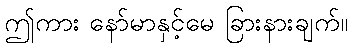
ဤကား နော်မာနှင့်မေ ခြားနားချက်။